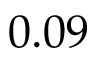
0 . 0 9